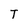
Character: T